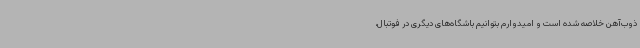
ذوب‌آهن خلاصه شده است و امیدوارم بتوانیم باشگاه‌های دیگری در فوتبال،